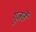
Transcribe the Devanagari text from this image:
गुज़र्ते